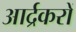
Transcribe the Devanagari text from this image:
आर्द्रकरों